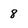
Character: 8